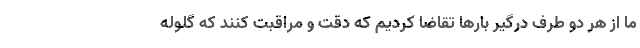
ما از هر دو طرف درگیر بارها تقاضا کردیم که دقت و مراقبت کنند که گلوله